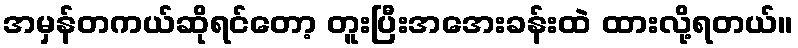
အမှန်တကယ်ဆိုရင်တော့ တူးပြီးအအေးခန်းထဲ ထားလို့ရတယ်။